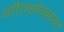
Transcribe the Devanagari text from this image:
गीतसंग्रहात